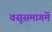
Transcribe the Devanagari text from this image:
वसूसमागमें